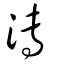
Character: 漙